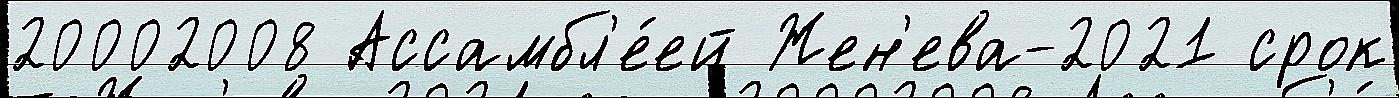
20002008 Ассамбл'е́ей Жен'ева-2021 срок